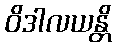
ဝိဒါလယန္တိ